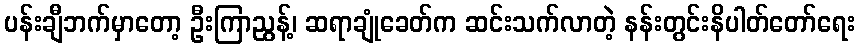
ပန်းချီဘက်မှာတော့ ဦးကြာညွန့်၊ ဆရာချုံခေတ်က ဆင်းသက်လာတဲ့ နန်းတွင်းနိပါတ်တော်ရေး